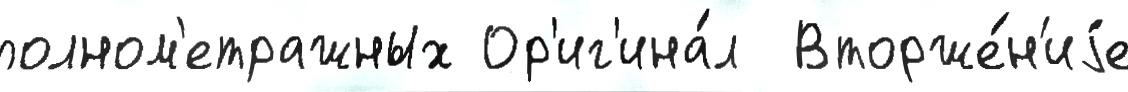
полном'етражных Ор'иг'ина́л  Вторже́н'иjе